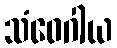
သံဝေဂါယ